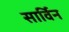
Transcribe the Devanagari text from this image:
सार्विन